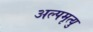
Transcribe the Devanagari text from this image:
अल्पमृत्यु